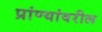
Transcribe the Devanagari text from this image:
प्रांण्यांवरील